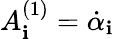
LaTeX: A_{\mathbf{i}}^{(1)}=\dot{{\alpha}}_{\mathbf{i}}